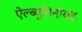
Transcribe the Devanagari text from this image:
ऐल्ब्युमिनॉयड